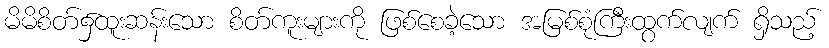
မိမိစိတ်၌ထူးဆန်းသော စိတ်ကူးများကို ဖြစ်စေခဲ့သော အမြစ်စုံကြီးထွက်လျက် ရှိသည့်